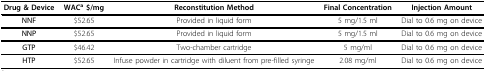
<table><thead><tr><td><b>Drug &amp; Device</b></td><td><b>WAC<sup>a </sup>$/mg</b></td><td><b>Reconstitution Method</b></td><td><b>Final Concentration</b></td><td><b>Injection Amount</b></td></tr></thead><tbody><tr><td><b>NNF</b></td><td>$52.65</td><td>Provided in liquid form</td><td>5 mg/1.5 ml</td><td>Dial to 0.6 mg on device</td></tr><tr><td><b>NNP</b></td><td>$52.65</td><td>Provided in liquid form</td><td>5 mg/1.5 ml</td><td>Dial to 0.6 mg on device</td></tr><tr><td><b>GTP</b></td><td>$46.42</td><td>Two-chamber cartridge</td><td>5 mg/ml</td><td>Dial to 0.6 mg on device</td></tr><tr><td><b>HTP</b></td><td>$52.65</td><td>Infuse powder in cartridge with diluent from pre-filled syringe</td><td>2.08 mg/ml</td><td>Dial to 0.6 mg on device</td></tr></tbody></table>